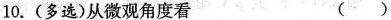
10. (多选)从微观角度看（）